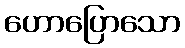
ဟောပြောသော